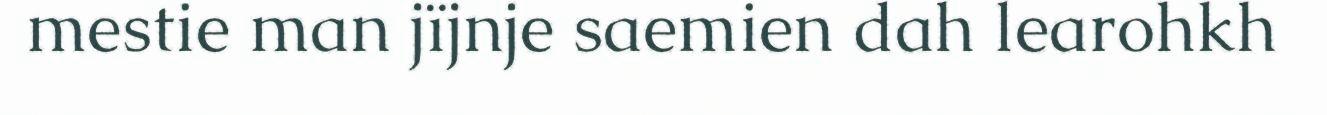
mestie man jïjnje saemien dah learohkh